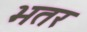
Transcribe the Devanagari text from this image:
भतर